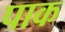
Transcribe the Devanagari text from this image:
पाक